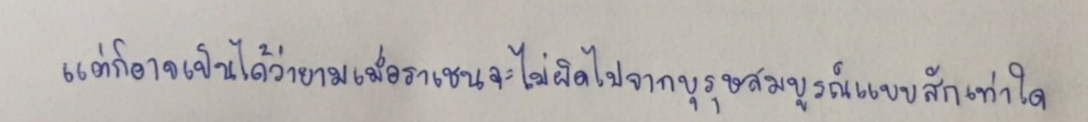
แต่ก็อาจเป็นได้ว่ายามเมื่อราเชนจะไม่ผิดไปจากบุรุษสมบูรณ์แบบสักเท่าใด